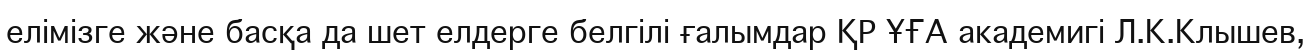
елімізге және басқа да шет елдерге белгілі ғалымдар ҚР ҰҒА академигі Л.К.Клышев,